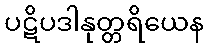
ပဋိပဒါနုတ္တရိယေန